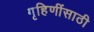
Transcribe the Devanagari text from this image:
गृहिणींसाठी